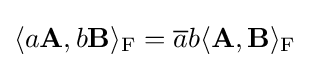
\langle a\mathbf {A} ,b\mathbf {B} \rangle _{\mathrm {F} }={\overline {a}}b\langle \mathbf {A} ,\mathbf {B} \rangle _{\mathrm {F} }